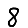
Digit: 8